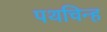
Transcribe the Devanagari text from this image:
पथचिन्ह